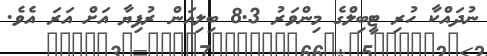
ނުދައްކާ ހުރި ޓީބިލްގެ މިންވަރު 8.3 ބިލިއަން ރުފިޔާ އަށް އަރަ އެވެ.